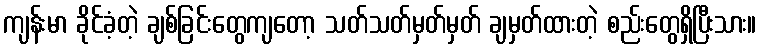
ကျန်းမာ ခိုင်ခံ့တဲ့ ချစ်ခြင်းတွေကျတော့ သတ်သတ်မှတ်မှတ် ချမှတ်ထားတဲ့ စည်းတွေရှိပြီးသား။